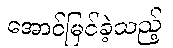
အောင်မြင်ခဲ့သည့်